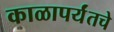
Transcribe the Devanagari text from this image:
काळापर्यंतचे